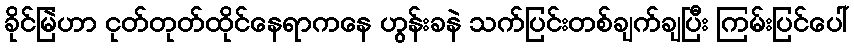
ခိုင်မြဲဟာ ငုတ်တုတ်ထိုင်နေရာကနေ ဟွန်းခနဲ သက်ပြင်းတစ်ချက်ချပြီး ကြမ်းပြင်ပေါ်